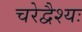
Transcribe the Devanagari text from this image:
चरेद्वैश्यः